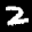
Label: 2